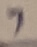
Text: 7